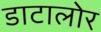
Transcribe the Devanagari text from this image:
डाटालोर